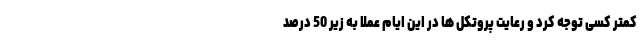
کمتر کسی توجه کرد و رعایت پروتکل ها در این ایام عملا به زیر 50 درصد